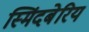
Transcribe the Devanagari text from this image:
स्मिंदबेरिय